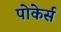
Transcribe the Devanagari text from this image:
पोकेर्स